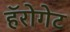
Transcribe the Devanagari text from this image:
हॅरोगेट